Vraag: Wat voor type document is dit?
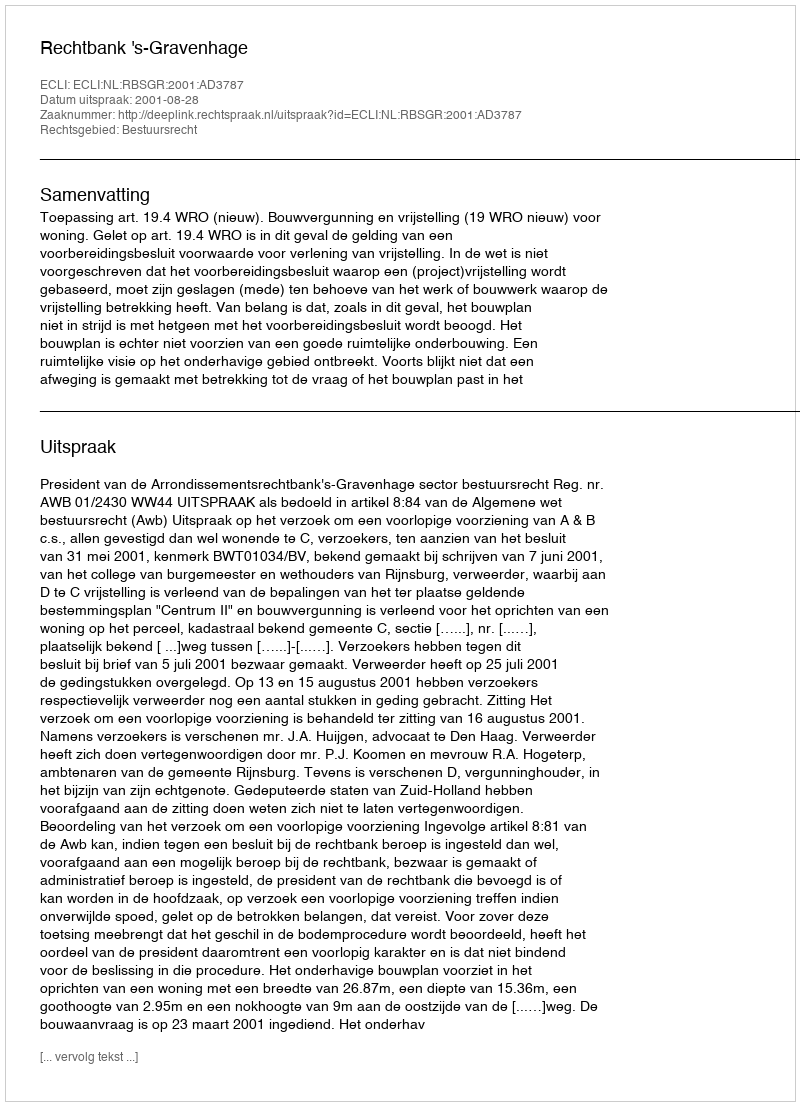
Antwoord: Uitspraak